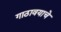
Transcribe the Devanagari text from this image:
गाठावयाचे